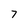
Character: 7